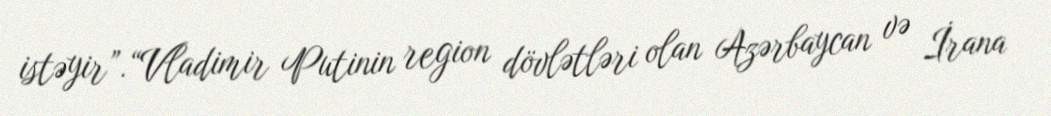
istəyir”.“Vladimir Putinin region dövlətləri olan Azərbaycan və İrana